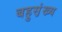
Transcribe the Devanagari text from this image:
बहुस़़ंख्य